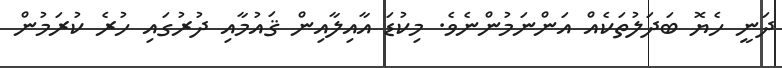
ދަނީ ހެޔޮ ބަދަލުތަކެއް އަންނަމުންނެވެ. މިކުޑަ އާއިލާއިން ޤައުމާއި ދުރުގައި ހުރެ ކުރަމުން